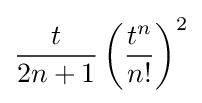
{\frac {t}{2n+1}}\left({\frac {t^{n}}{n!}}\right)^{2}